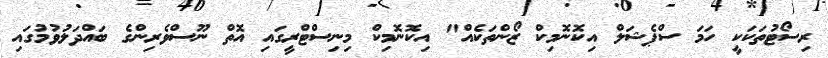
ރިސޯޓުތަކަކީ ހަމަ ސްޕެޝަލް އިކޮނޮމިކް ޒޯންތަކެއް" އިކޮނޮމިކް މިނިސްޓްރީގައި އޮތް ނޫސްވެރިންގެ ބައްދަލުވުމުގައި